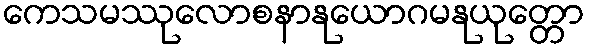
ကေသမဿုလောစနာနုယောဂမနုယုတ္တော